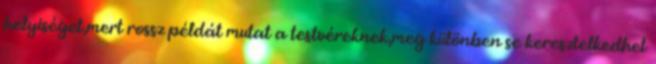
helyiséget,mert rossz példát mutat a testvéreknek,meg különben se keresztelkedhet